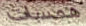
همسات